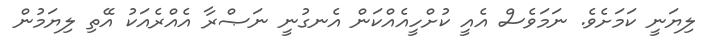
ލިޔަނީ ކަމަށެވެ. ނަމަވެސް އެއީ ކުށްހީއެއްކަން އެނގުނީ ނަޞްރާ އެއްރެއަކު އޭތި ލިޔަމުން